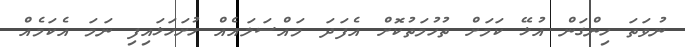
ނުވަތަ ހިންގަން އުޅޭ ކަމަށް ތުހުމަތުކޮށް އެފަދަ މައްސަލައެއް ހުށަހަޅައިފި ނަމަ އެކަމެއް